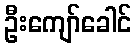
ဦးကျော်ခေါင်